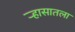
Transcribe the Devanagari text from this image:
र्‍हासातला